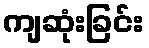
ကျဆုံးခြင်း